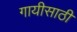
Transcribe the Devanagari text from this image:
गायीसाठी